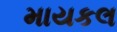
માયકલ